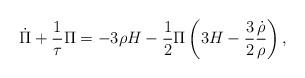
\begin{align*}\dot \Pi + \frac1{\tau} \Pi = -3\rho H - \frac12 \Pi \left( 3H -\frac32 \frac{\dot \rho}{\rho} \right),\end{align*}